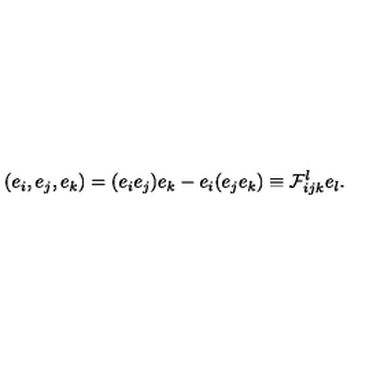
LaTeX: ( e _ { i } , e _ { j } , e _ { k } ) = ( e _ { i } e _ { j } ) e _ { k } - e _ { i } ( e _ { j } e _ { k } ) \equiv { \cal F } _ { i j k } ^ { l } e _ { l } .